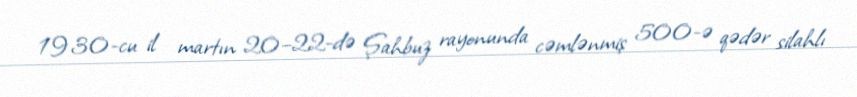
1930-cu il martın 20–22-də Şahbuz rayonunda cəmlənmiş 500-ə qədər silahlı